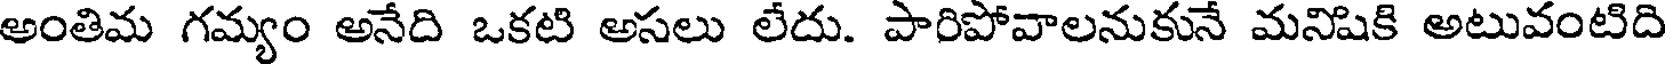
అంతిమ గమ్యం అనేది ఒకటి అసలు లేదు. పారిపోవాలనుకునే మనిషికి అటువంటిది